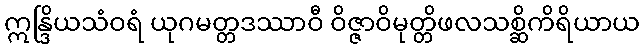
ဣန္ဒြိယသံဝရံ ယုဂမတ္တဒဿာဝီ ဝိဇ္ဇာဝိမုတ္တိဖလသစ္ဆိကိရိယာယ